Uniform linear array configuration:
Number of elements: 16
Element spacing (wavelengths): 0.75
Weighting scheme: cosine
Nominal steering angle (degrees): -30
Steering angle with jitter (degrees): -31.759
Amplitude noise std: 0.05
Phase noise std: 0.05

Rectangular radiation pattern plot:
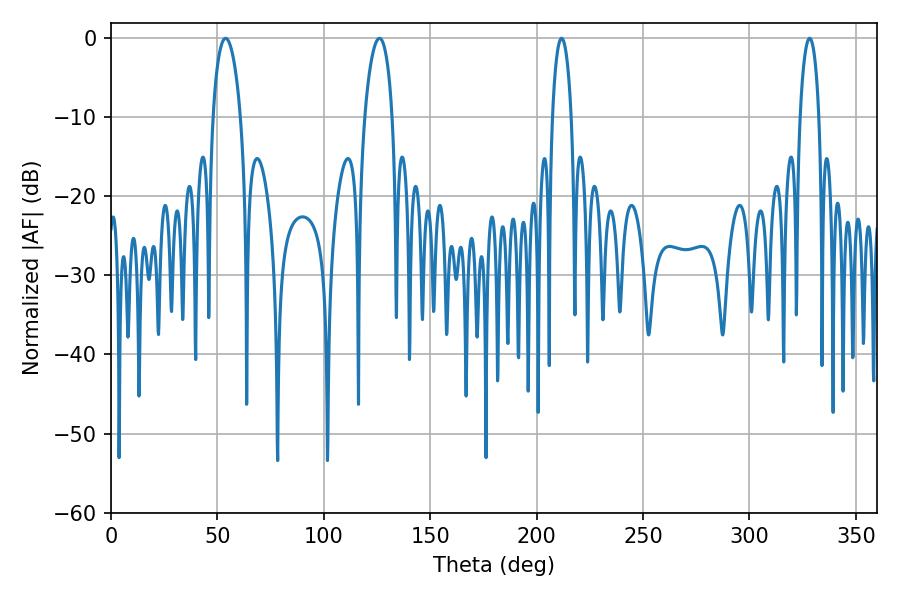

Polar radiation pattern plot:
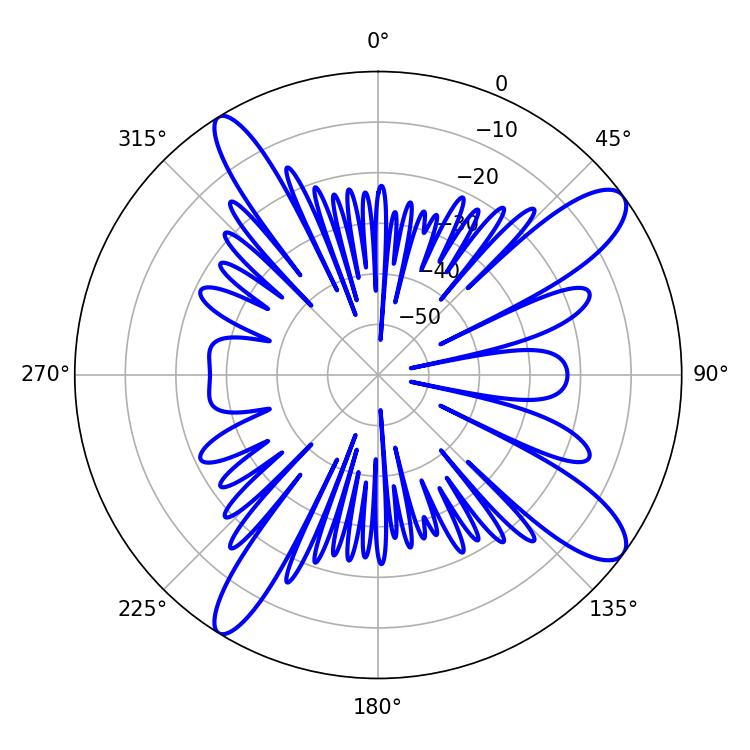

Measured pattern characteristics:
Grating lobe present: TRUE
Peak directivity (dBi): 12.049
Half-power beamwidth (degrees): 7.38
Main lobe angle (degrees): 53.82